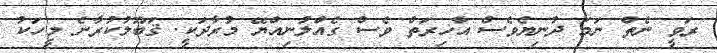
ރަވީ ނެތް ނަމަ ދުނިޔެވެސް އާޚިރަތް ވެސް ގެއްލުނިއްޔޭ މުރާދަކީ. ޤަބޫލުކުރާނެ މީހަކު